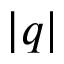
| q |